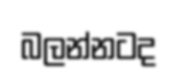
බලන්නටද